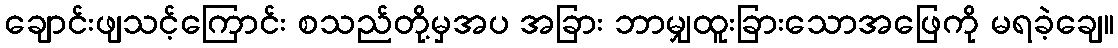
ချောင်းဖျသင့်ကြောင်း စသည်တို့မှအပ အခြား ဘာမျှထူးခြားသောအဖြေကို မရခဲ့ချေ။